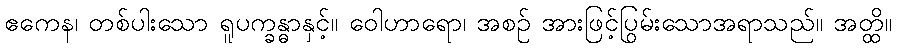
ဧကေန၊ တစ်ပါးသော ရူပက္ခန္ဓာနှင့်။ ဝေါဟာရော၊ အစဉ် အားဖြင့်ပြွမ်းသောအရာသည်။ အတ္ထိ။